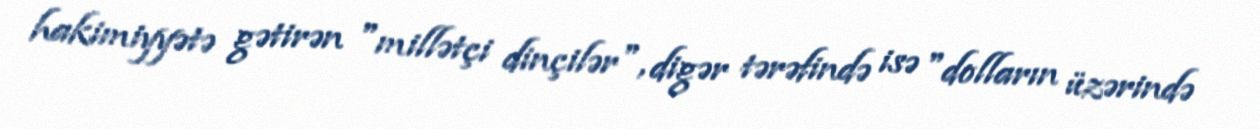
hakimiyyətə gətirən "millətçi dinçilər", digər tərəfində isə "dolların üzərində